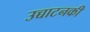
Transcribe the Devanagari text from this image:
उच्चाटनकी